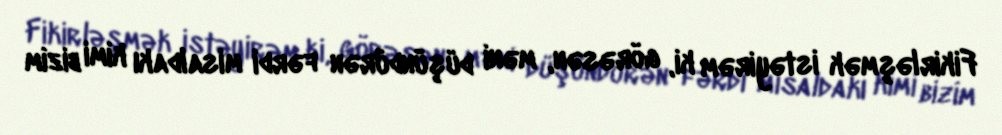
Fikirləşmək istəyirəm ki, görəsən, məni düşündürən fərdi misaldakı kimi bizim